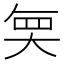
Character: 𭑒